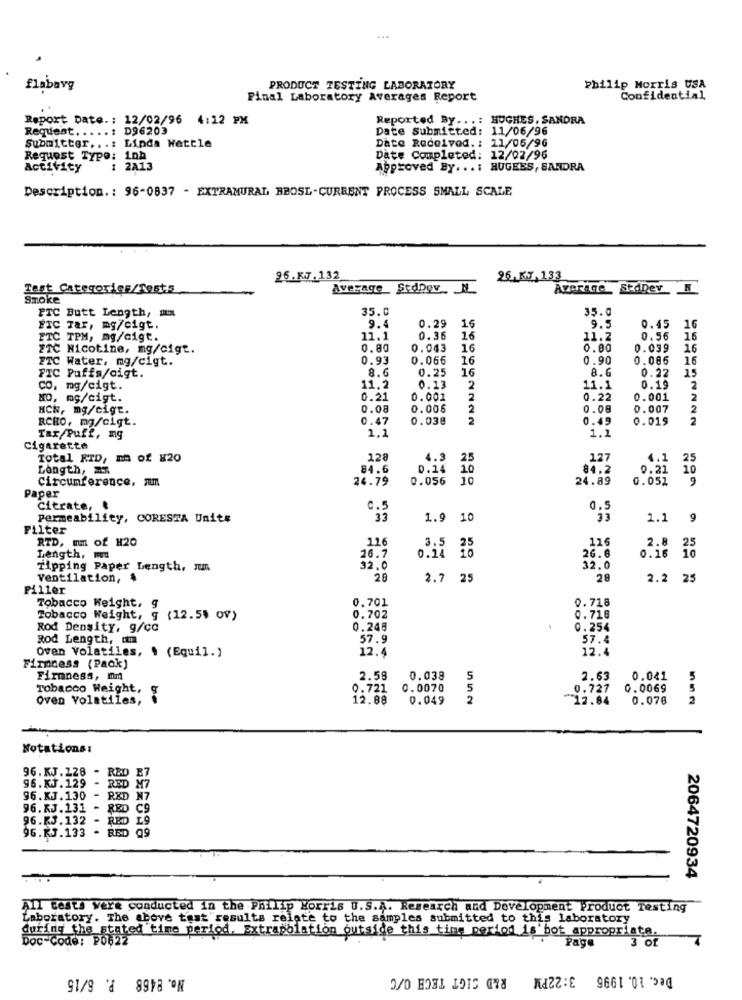
...
flabavg
PRODUCT TESTING LABORATORY
Philip Morris USA
Final Laboratory Averages Report
Confidential
Report Date .: 12/02/96 4:12 PM
Reported By ...: HUGHES, SANDRA
Request .....: D96203
Date Submitted: 11/06/96
Submitter ...: Linda Wettle
Date Received. : 11/06/96
Request Type: 1nh
Date Completed: 12/02/96
Activity
1 2A13
Approved By ... : HUGEES, SANDRA
Description .: 96-0837 - EXTRAMURAL BBOSL-CURRENT PROCESS SMALL SCALE
25.K7.132
26.X7.133
Test Categories/Tests
Average_ StdDov N
Average_ Stanev N
Smoke
35.0
35.0
PTC Butt Length, ma
ETC Tar, mg/cigt,
9.4
0.29
16
9.5
0.45
16
ETC TPM, mg/cigt.
11.1
0.36
16
11.2
0.56
16
ETC Nicotine, mg/cigt.
0.80
0.043
16
0.00
0.039
16
FTC Water, mg/cigt.
0.93
0.066
16
0.90
0.086
16
8.0
0.25
16
8.6
0.22
FIC Puffs/oigt.
11.2
CO, mg/cigt.
0.13
2
11.1
0.19
2
NO, mg/cigt.
0.21
0.001
2
0.22
0.001
2
HCN, mg/cigt.
0.08
0.006
2
0.08
0.007
2
RCHO, mg/cigt.
0.47
0.038
2
0.49
0.019
2
1.1
1.1
Tar/Puff, ng
Cigarette
Total RTD, Em of X20
128
4.3
25
12
4.1
25
Longth, 7
84.6
0.14 10
84.2
0.21 10
Circumference, Am
24.79
0.056 10
24.89
0.05Z
9
Paper
citrate, &
C.5
0.5
permeability, CORESTA Units
33
1.9 10
1.1
9
Filter
RTD, mm of H20
116
3.5
116
2.8
26.7
0.24 16
26.8
25
10
Length, ma
0.16
Tipping Paper Length, Jun
32.0
32.0
Ventilation, 4
2.7 25
28
2.2 25
Piller
Tobacco Weight. g
0.701
0.718
Tobacco Weight, g (12.55 ov)
0.702
0.718
Rod Density, g/co
0.248
0.254
Rod Length, om
57.9
57.4
12.4
12.4
Oven Volatiles, . (Equil.)
Firmness (Pack)
Firmness, mm
2.58
0.038
5
2.63
0.041
5
Tobacco Weight,
0.721
0.0070
5
0.727
0.0069
5
Oven Volatiles,
12.88
0.049
2
12.84
0.076
2
Notations:
96. KJ. Z28 - RED B7
96. KJ.129 - RED M7
96.KJ. 130 - RED N7
96. KJ.131 - RED C9
96.KJ.132 - RED 19
96.RJ.133 - RED 99
2064720934
All tests were conducted in the Philip Morris U.S.A. Research and Development Product Testing
Laboratory. The above test results relate to the samples submitted to this laboratory
during the stated time period. Extrapolation outside this time period is'bot appropriate.
Doc code: P0622
Page
3 of
No. 8468 P. 6/15
Dec. 10. 1996 3:22PM R&D SIGT TECH O/C